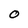
Character: O